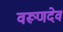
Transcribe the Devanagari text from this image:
वरूणदेव